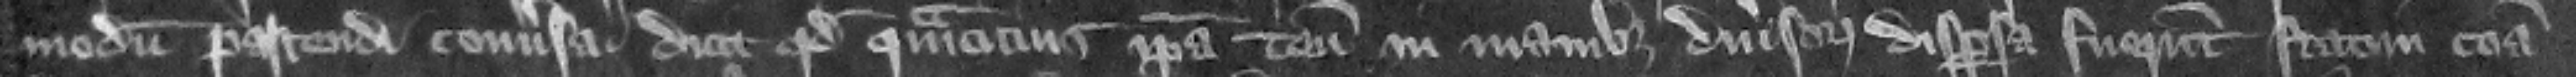
modum pascendi conuersa dicit quod quamcicius ipsa tenementa in manibus diuersorum dispersa fuerunt statim communa